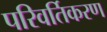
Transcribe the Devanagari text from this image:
परिवर्तिकरण